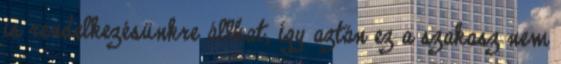
is rendelkezésünkre állhat, így aztán ez a szakasz nem